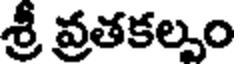
శ్రీ వ్రతకల్పం